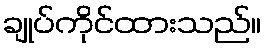
ချုပ်ကိုင်ထားသည်။